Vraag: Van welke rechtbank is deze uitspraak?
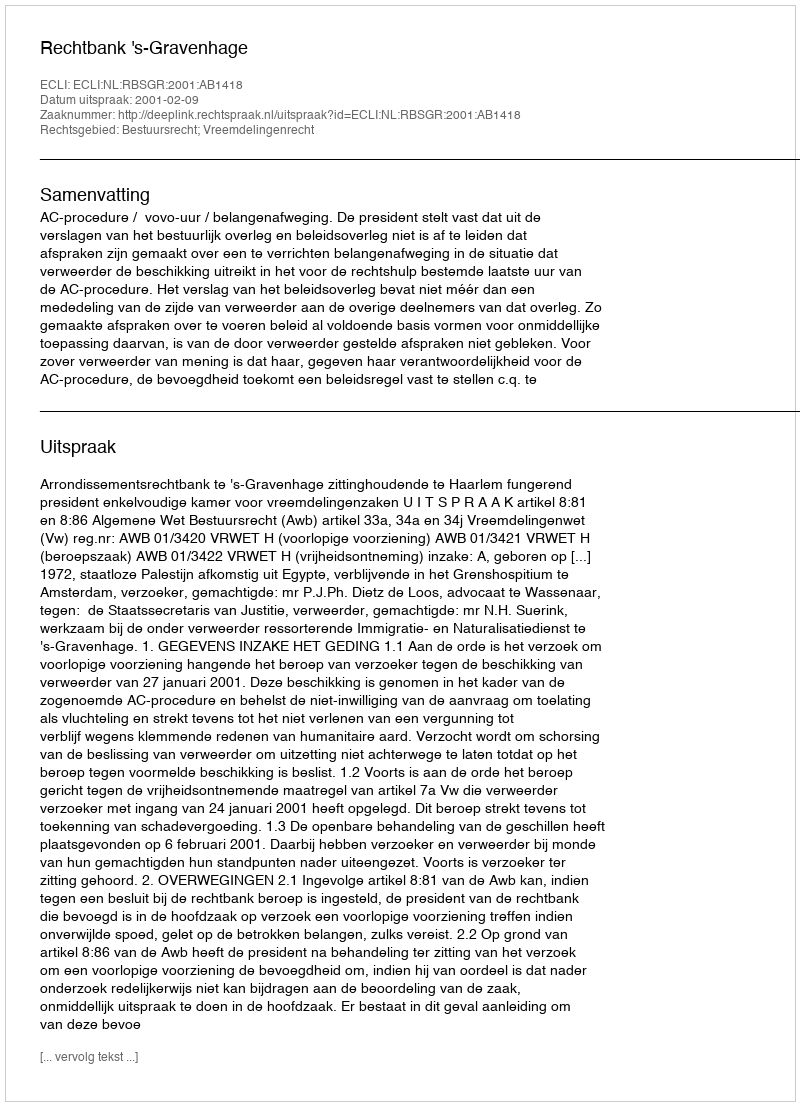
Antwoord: Rechtbank 's-Gravenhage